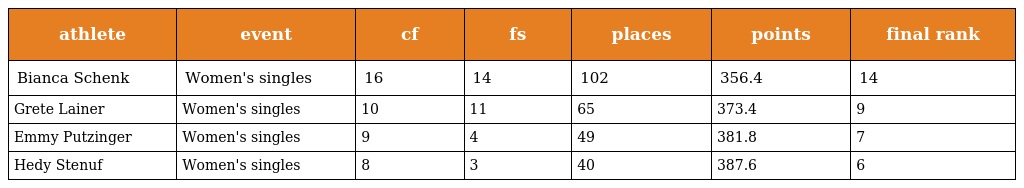
| athlete | event | cf | fs | places | points | final rank |
 | --- | --- | --- | --- | --- | --- | --- |
 | Bianca Schenk | Women's singles | 16 | 14 | 102 | 356.4 | 14 |
 | Grete Lainer | Women's singles | 10 | 11 | 65 | 373.4 | 9 |
 | Emmy Putzinger | Women's singles | 9 | 4 | 49 | 381.8 | 7 |
 | Hedy Stenuf | Women's singles | 8 | 3 | 40 | 387.6 | 6 |